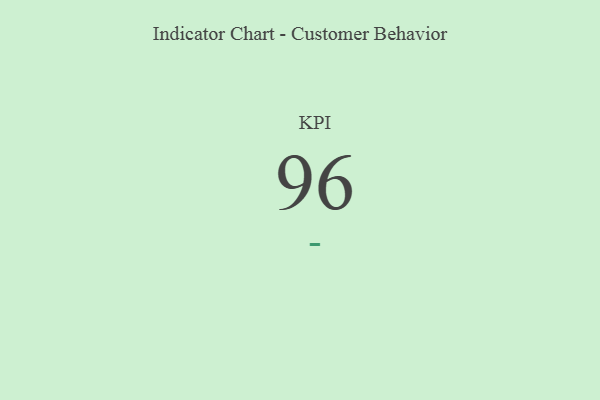
{"axis": {"x": "KPI", "y": "Value"}, "legend": [""], "data": [{"x": "KPI", "y": 96, "type": ""}]}